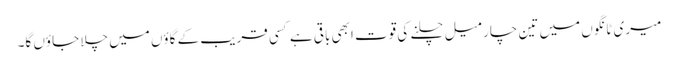
میری ٹانگوں میں تین چار میل چلنے کی قوت ابھی باقی ہے کسی قریب کے گاؤں میں چلا جاؤں گا۔